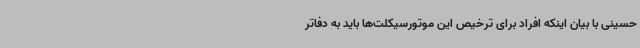
حسینی با بیان اینکه افراد برای ترخیص این موتورسیکلت‌ها باید به دفاتر